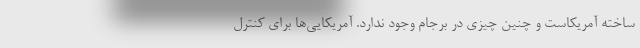
ساخته آمریکاست و چنین چیزی در برجام وجود ندارد. آمریکایی‌ها برای کنترل